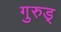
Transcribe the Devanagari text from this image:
गुरुड्